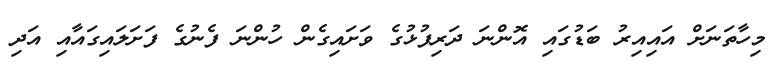
މިހާތަނަށް އައިއިރު ބަޑުގައި އޮންނަ ދަރިފުޅުގެ ވަށައިގެން ހުންނަ ފެނުގެ ފަށަލައިގައާއި އަދި